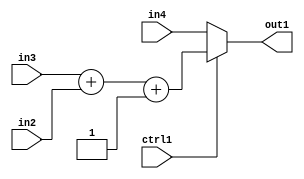
`timescale 1ps / 1ps
/*****************************************************************************
    Verilog RTL Description
    
    
    Created by: Stratus DpOpt 2019.1.01 
*******************************************************************************/

module st_feature_addr_gen_MuxAdd3i1u8u16u16u1_4_3 (
	in4,
	in3,
	in2,
	ctrl1,
	out1
	); /* architecture "behavioural" */ 
input [15:0] in4,
	in3;
input [7:0] in2;
input  ctrl1;
output [15:0] out1;
wire [15:0] asc001,
	asc002;

wire [15:0] asc002_tmp_0;
assign asc002_tmp_0 = 
	+(in3)
	+(in2);
assign asc002 = asc002_tmp_0
	+(16'B0000000000000001);

reg [15:0] asc001_tmp_1;
assign asc001 = asc001_tmp_1;
always @ (ctrl1 or asc002 or in4) begin
	case (ctrl1)
		1'B1 : asc001_tmp_1 = asc002 ;
		default : asc001_tmp_1 = in4 ;
	endcase
end

assign out1 = asc001;
endmodule

/* CADENCE  vrf3Qwk= : u9/ySgnWtBlWxVPRXgAZ4Og= ** DO NOT EDIT THIS LINE ******/